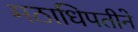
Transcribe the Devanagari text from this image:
मठाधिपतीने